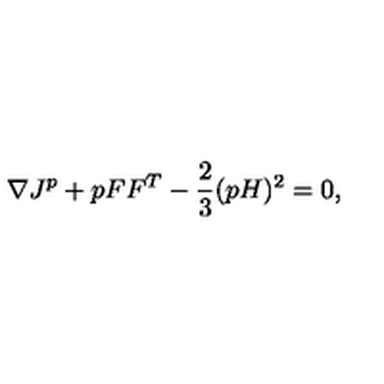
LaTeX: \nabla J ^ { p } + p F F ^ { T } - \frac { 2 } { 3 } ( p H ) ^ { 2 } = 0 ,